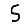
Digit: 5